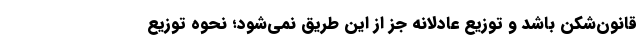
قانون‌شکن باشد و توزیع عادلانه جز از این طریق نمی‌شود؛ نحوه توزیع